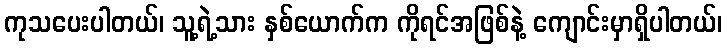
ကုသပေးပါတယ်၊ သူ့ရဲ့သား နှစ်ယောက်က ကိုရင်အဖြစ်နဲ့ ကျောင်းမှာရှိပါတယ်၊